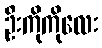
ဦးကိုကိုလေး